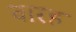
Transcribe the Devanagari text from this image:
वारह